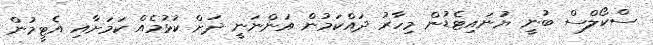
ސްކޯލްސް ބުނީ ޔުނައިޓެޑުން މިހާރު ދައްކަމުން އަންނަނީ ދަށް ކުޅުމެއް ކަމަށާއި އެޓީމުން